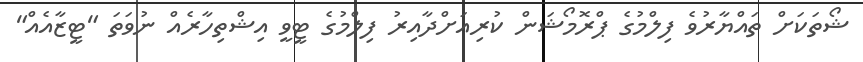
ޝޯތަކަށް ތައްޔާރުވެ ފިލްމުގެ ޕްރޮމޯޝަން ކުރިއަށްދާއިރު ފިލްމުގެ ޓީވީ އިޝްތިހާރެއް ނުވަތަ "ޓީޒާއެއް"